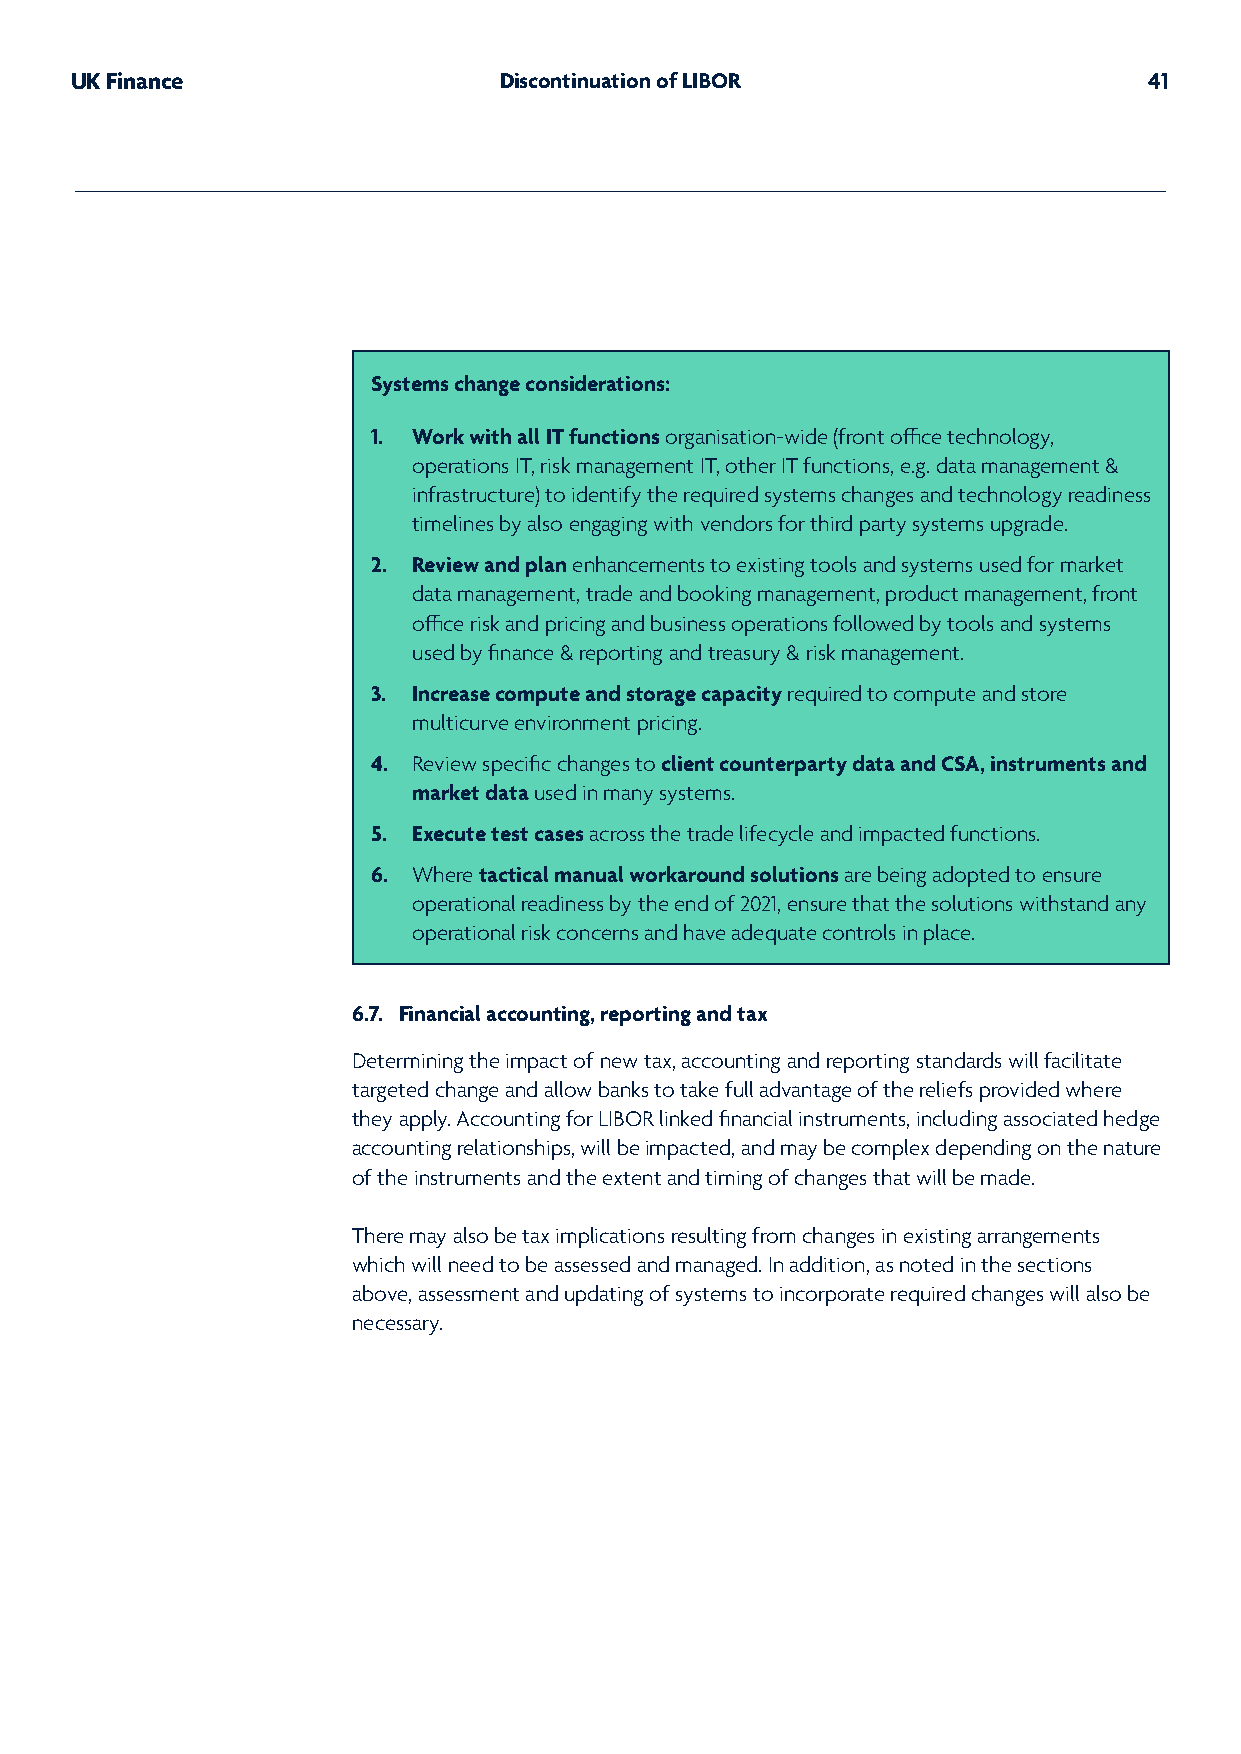
UK Finance                  Discontinuation of LIBOR                   41
 Systems change considerations:
 1. Work with all IT functions organisation-wide (front office technology,
 operations IT, risk management IT, other IT functions, e.g. data management &
 infrastructure) to identify the required systems changes and technology readiness
 timelines by also engaging with vendors for third party systems upgrade.
 2. Review and plan enhancements to existing tools and systems used for market
 data management, trade and booking management, product management, front
 office risk and pricing and business operations followed by tools and systems
 used by finance & reporting and treasury & risk management.
 3. Increase compute and storage capacity required to compute and store
 multicurve environment pricing.
 4. Review specific changes to client counterparty data and CSA, instruments and
 market data used in many systems.
 5. Execute test cases across the trade lifecycle and impacted functions.
 6. Where tactical manual workaround solutions are being adopted to ensure
 operational readiness by the end of 2021, ensure that the solutions withstand any
 operational risk concerns and have adequate controls in place.
 6.7. Financial accounting, reporting and tax
 Determining the impact of new tax, accounting and reporting standards will facilitate
 targeted change and allow banks to take full advantage of the reliefs provided where
 they apply. Accounting for LIBOR linked financial instruments, including associated hedge
 accounting relationships, will be impacted, and may be complex depending on the nature
 of the instruments and the extent and timing of changes that will be made.
 There may also be tax implications resulting from changes in existing arrangements
 which will need to be assessed and managed. In addition, as noted in the sections
 above, assessment and updating of systems to incorporate required changes will also be
 necessary.